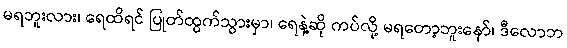
မရဘူးလား၊ ရေထိရင် ပြုတ်ထွက်သွားမှာ၊ ရေနဲ့ဆို ကပ်လို့ မရတော့ဘူးနော်၊ ဒီလောဘ